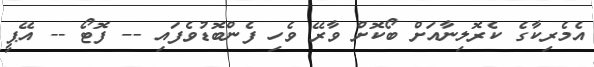
އެމެރިކާގެ ކެރޮލިނާއަށް ބޯކޮށް ވާރޭ ވެހި ފެންބޮޑުވެފައި -- ފޮޓޯ -- އޭޕީ